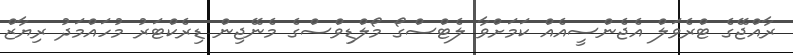
ރާއްޖޭގެ ޓްރެވަލް އެޖެންސީއެއް ކަމަށްވާ ލެޓްސްގޯ މޯލްޑިވްސްގެ މެނޭޖިން ޑިރެކްޓަރު މުހައްމަދު ރިޔާޒް